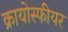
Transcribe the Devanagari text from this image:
क्रायोस्फीयर